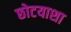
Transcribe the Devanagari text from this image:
छोटयाशा